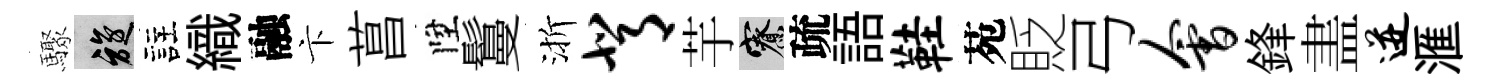
驟旋註織融卞菖陞鬘渐背芋寮疏語鞋苑貶弓会鋒𥁞迸滙